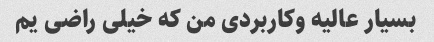
بسیار عالیه وکاربردی من که خیلی راضی یم